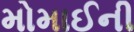
મોમાઈની